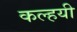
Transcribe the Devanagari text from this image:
कल्हयी